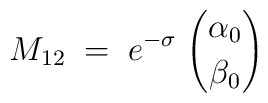
M_{12}\;=\;e^{-\sigma}\; {\alpha_0 \choose \beta_0}